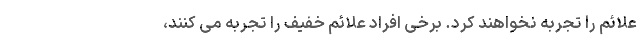
علائم را تجربه نخواهند کرد. برخی افراد علائم خفیف را تجربه می کنند،